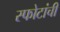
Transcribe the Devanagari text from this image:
स्फोटांची